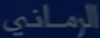
الرمانى